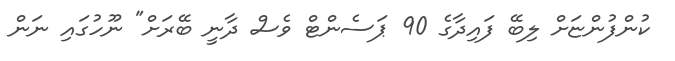
ކުންފުންޏަށް ލިބޭ ފައިދާގެ 90 ޕަސެންޓް ވެސް ދާނީ ބޭރަށް" ނޫހުގައި ނަން